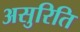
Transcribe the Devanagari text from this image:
असुरिति